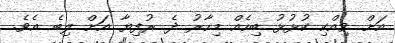
އަށް ވިއްކި ކުޅުޅު ބިހެއް މިހާރު ދެ ރުފިޔާ އަށް ލިބެ އެވެ.